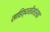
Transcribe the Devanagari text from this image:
साहित्यमीमांसक